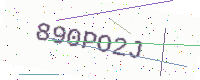
Text: 890PO2J